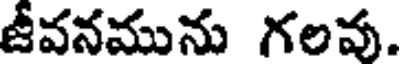
జీవనమును గలవు.